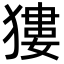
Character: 㺏